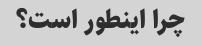
چرا اینطور است؟